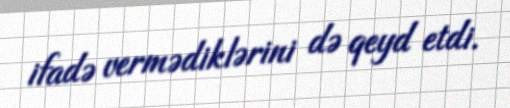
ifadə vermədiklərini də qeyd etdi.